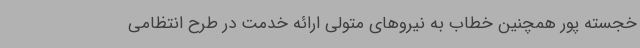
خجسته پور همچنین خطاب به نیروهای متولی ارائه خدمت در طرح انتظامی